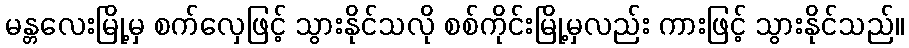
မန္တလေးမြို့မှ စက်လှေဖြင့် သွားနိုင်သလို စစ်ကိုင်းမြို့မှလည်း ကားဖြင့် သွားနိုင်သည်။